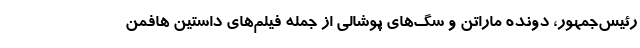
رئیس‌جمهور، دونده ماراتن و سگ‌های پوشالی از جمله فیلم‌های داستین هافمن